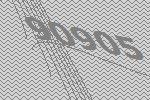
90905